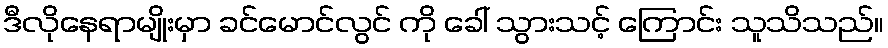
ဒီလိုနေရာမျိုးမှာ ခင်မောင်လွင် ကို ခေါ် သွားသင့် ကြောင်း သူသိသည်။